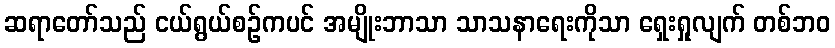
ဆရာတော်သည် ငယ်ရွယ်စဉ်ကပင် အမျိုးဘာသာ သာသနာရေးကိုသာ ရှေးရှုလျက် တစ်ဘဝ